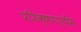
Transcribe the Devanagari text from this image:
प्रशिक्षणार्थीस